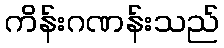
ကိန်းဂဏန်းသည်